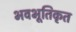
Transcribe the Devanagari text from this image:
भवभूतिकृत